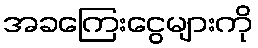
အခကြေးငွေများကို